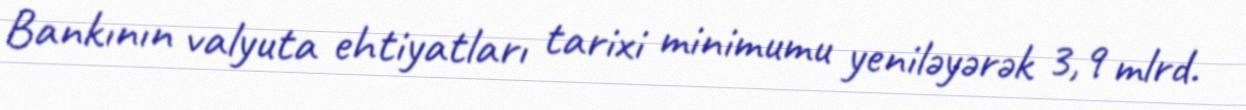
Bankının valyuta ehtiyatları tarixi minimumu yeniləyərək 3,9 mlrd.